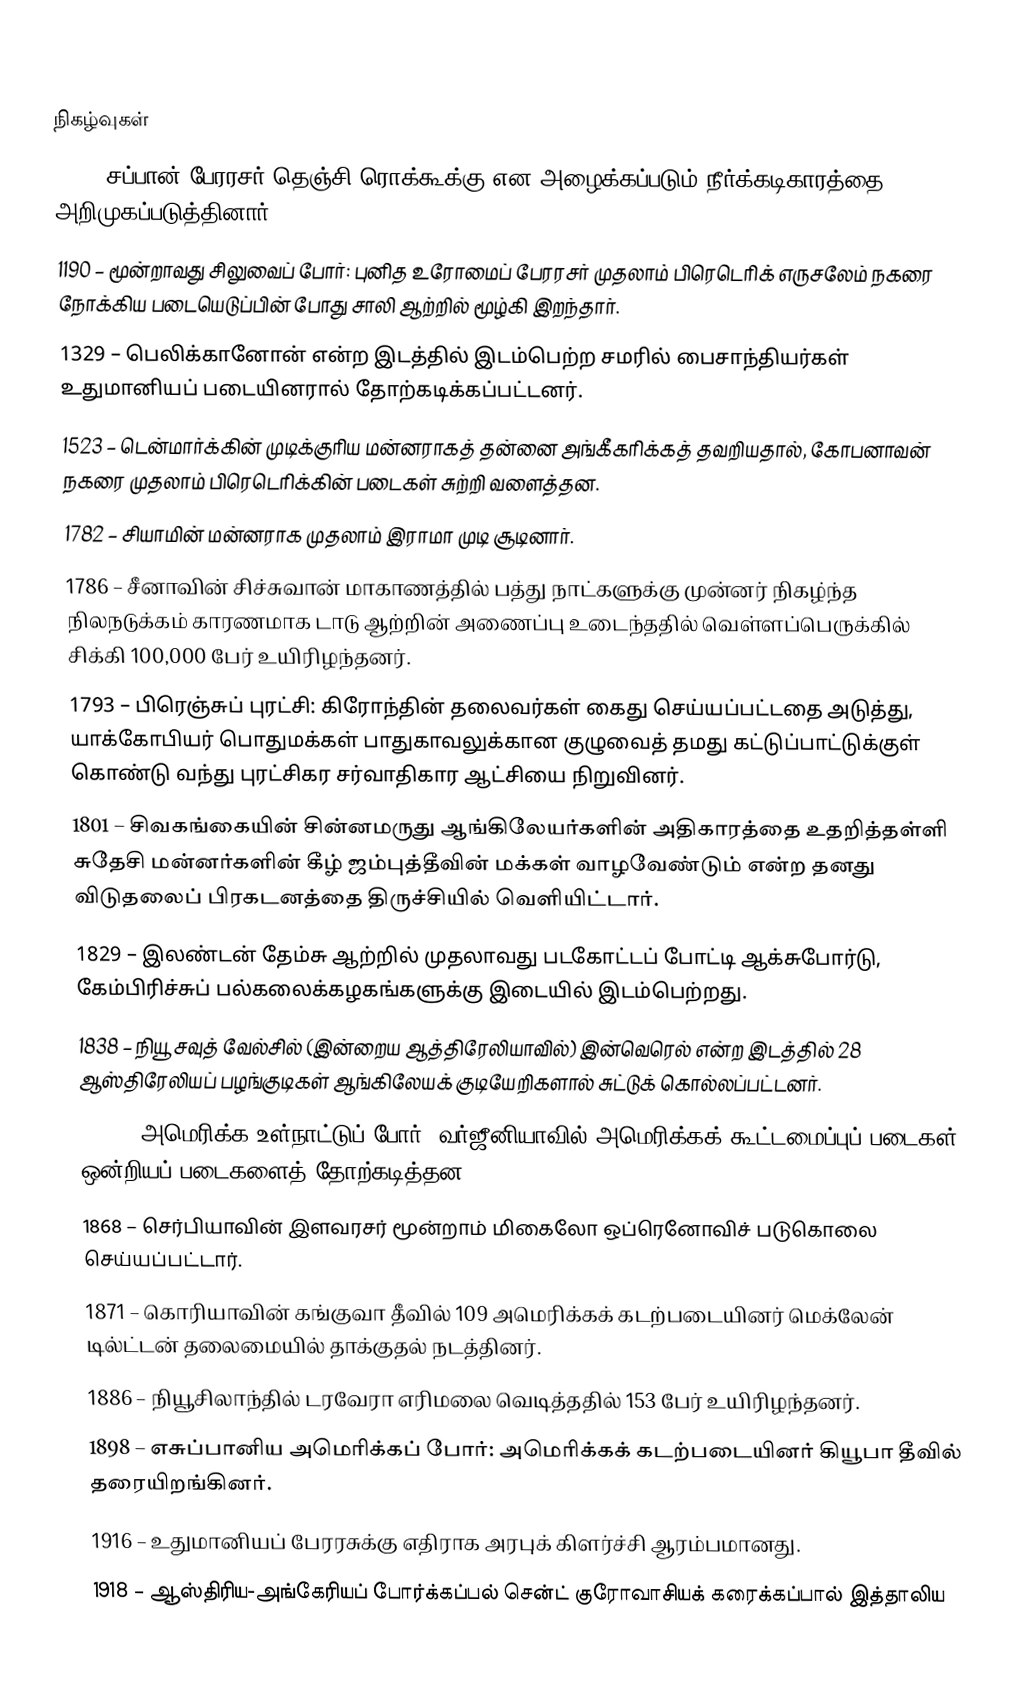

நிகழ்வுகள்
 671 – சப்பான் பேரரசர் தெஞ்சி ரொக்கூக்கு என அழைக்கப்படும் நீர்க்கடிகாரத்தை அறிமுகப்படுத்தினார்.
1190 – மூன்றாவது சிலுவைப் போர்: புனித உரோமைப் பேரரசர் முதலாம் பிரெடெரிக் எருசலேம் நகரை நோக்கிய படையெடுப்பின் போது சாலி ஆற்றில் மூழ்கி இறந்தார்.
1329 – பெலிக்கானோன் என்ற இடத்தில் இடம்பெற்ற சமரில் பைசாந்தியர்கள் உதுமானியப் படையினரால் தோற்கடிக்கப்பட்டனர்.
1523 – டென்மார்க்கின் முடிக்குரிய மன்னராகத் தன்னை அங்கீகரிக்கத் தவறியதால், கோபனாவன் நகரை முதலாம் பிரெடெரிக்கின் படைகள் சுற்றி வளைத்தன.
1782 – சியாமின் மன்னராக முதலாம் இராமா முடி சூடினார்.
1786 – சீனாவின் சிச்சுவான் மாகாணத்தில் பத்து நாட்களுக்கு முன்னர் நிகழ்ந்த நிலநடுக்கம் காரணமாக டாடு ஆற்றின் அணைப்பு உடைந்ததில் வெள்ளப்பெருக்கில் சிக்கி 100,000 பேர் உயிரிழந்தனர்.
1793 – பிரெஞ்சுப் புரட்சி: கிரோந்தின் தலைவர்கள் கைது செய்யப்பட்டதை அடுத்து, யாக்கோபியர் பொதுமக்கள் பாதுகாவலுக்கான குழுவைத் தமது கட்டுப்பாட்டுக்குள் கொண்டு வந்து புரட்சிகர சர்வாதிகார ஆட்சியை நிறுவினர்.
1801 – சிவகங்கையின் சின்னமருது ஆங்கிலேயர்களின் அதிகாரத்தை உதறித்தள்ளி சுதேசி மன்னர்களின் கீழ் ஜம்புத்தீவின் மக்கள் வாழவேண்டும் என்ற தனது விடுதலைப் பிரகடனத்தை திருச்சியில் வெளியிட்டார்.
1829 – இலண்டன் தேம்சு ஆற்றில் முதலாவது படகோட்டப் போட்டி ஆக்சுபோர்டு, கேம்பிரிச்சுப் பல்கலைக்கழகங்களுக்கு இடையில் இடம்பெற்றது.
1838 – நியூ சவுத் வேல்சில் (இன்றைய ஆத்திரேலியாவில்) இன்வெரெல் என்ற இடத்தில் 28 ஆஸ்திரேலியப் பழங்குடிகள் ஆங்கிலேயக் குடியேறிகளால் சுட்டுக் கொல்லப்பட்டனர்.
1861 – அமெரிக்க உள்நாட்டுப் போர்: வர்ஜீனியாவில் அமெரிக்கக் கூட்டமைப்புப் படைகள் ஒன்றியப் படைகளைத் தோற்கடித்தன.
1868 – செர்பியாவின் இளவரசர் மூன்றாம் மிகைலோ ஒப்ரெனோவிச் படுகொலை செய்யப்பட்டார்.
1871 – கொரியாவின் கங்குவா தீவில் 109 அமெரிக்கக் கடற்படையினர் மெக்லேன் டில்ட்டன் தலைமையில் தாக்குதல் நடத்தினர்.
1886 – நியூசிலாந்தில் டரவேரா எரிமலை வெடித்ததில் 153 பேர் உயிரிழந்தனர்.
1898 – எசுப்பானிய அமெரிக்கப் போர்: அமெரிக்கக் கடற்படையினர் கியூபா தீவில் தரையிறங்கினர்.
1916 – உதுமானியப் பேரரசுக்கு எதிராக அரபுக் கிளர்ச்சி ஆரம்பமானது.
1918 – ஆஸ்திரிய-அங்கேரியப் போர்க்கப்பல் சென்ட் குரோவாசியக் கரைக்கப்பால் இத்தாலிய